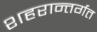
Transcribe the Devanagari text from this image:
शहरान्तर्गत